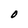
Character: O